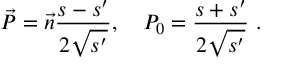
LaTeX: \vec { \cal P } = \vec { n } \frac { s - s ^ { \prime } } { 2 \sqrt { s ^ { \prime } } } , \quad { \cal P } _ { 0 } = \frac { s + s ^ { \prime } } { 2 \sqrt { s ^ { \prime } } } \ .